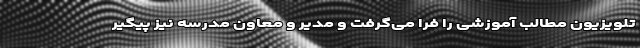
تلویزیون مطالب آموزشی را فرا می‌گرفت و مدیر و معاون مدرسه نیز پیگیر